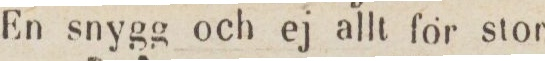
En snygg och ej allt för stor